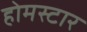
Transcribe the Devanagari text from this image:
होमस्टार